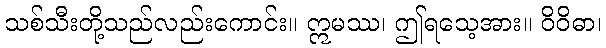
သစ်သီးတို့သည်လည်းကောင်း။ ဣမဿ၊ ဤရသေ့အား။ ဝိဝိဓာ၊